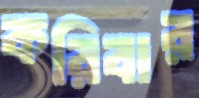
করিবার